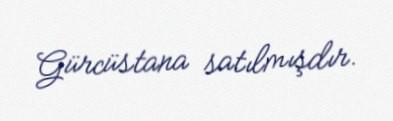
Gürcüstana satılmışdır.